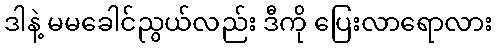
ဒါနဲ့ မမခေါင်ညွယ်လည်း ဒီကို ပြေးလာရောလား